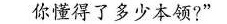
你懂得了多少本领?”